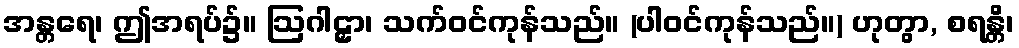
အန္တရေ၊ ဤအရပ်၌။ ဩဂါဠှာ၊ သက်ဝင်ကုန်သည်။ (ပါဝင်ကုန်သည်။) ဟုတွာ, စရန္တိ၊